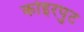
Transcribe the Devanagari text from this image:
कोइरपुट